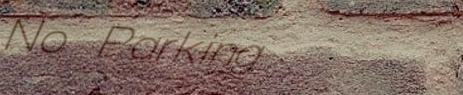
No Parking